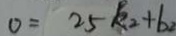
0 = 2 5 k _ { 2 } + b _ { 2 }